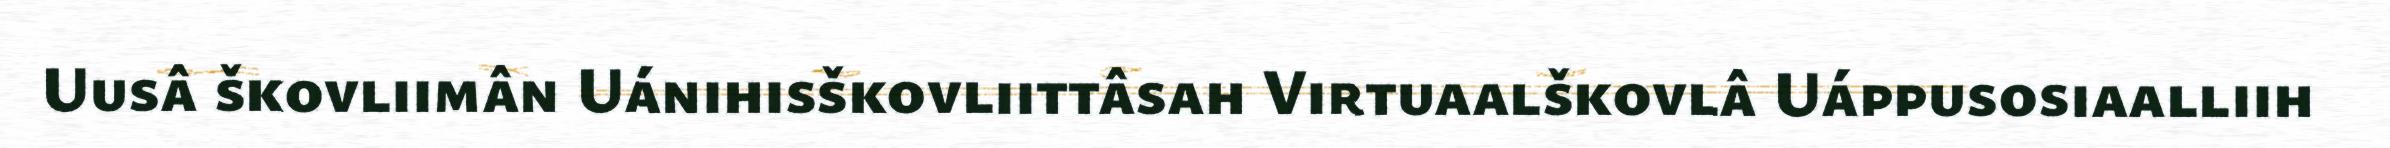
Uusâ škovliimân Uánihisškovliittâsah Virtuaalškovlâ Uáppusosiaalliih